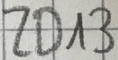
Text: ZD13